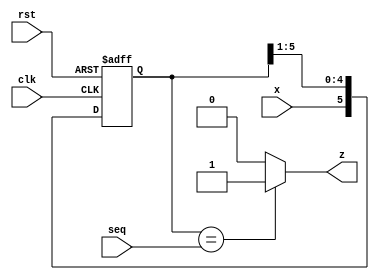
module seqdet
(
   input wire x,
   input wire clk,
   input wire [5:0] seq,
   input wire rst,
   output reg z
);
 
  reg [5:0] temp;
  //reg [5:0] out=6'b101010;
 
  always @ (posedge clk,posedge rst)
   if(rst)
      temp <= 6'd0;
   else
      temp <= {x,temp[5:1]};
  
  always @(temp)
    if(temp==seq)
      z=1'b1;
    else
      z=1'b0;

    
  
  
endmodule